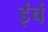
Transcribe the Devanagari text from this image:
इंचं